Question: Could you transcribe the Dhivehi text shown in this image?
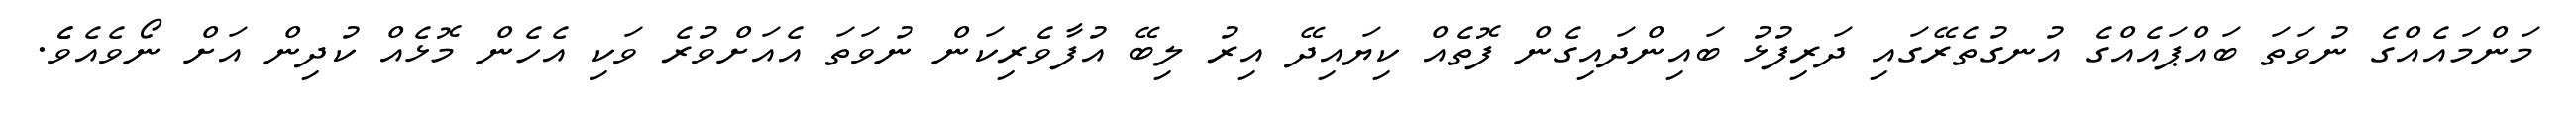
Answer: މަންމައެއްގެ ނުވަތަ ބައްޕައެއްގެ އުނގުތެރޭގައި ދަރިފުޅު ބައިންދައިގެން ފޮތެއް ކިޔައިދޭ އިރު ލިބޭ އުފާވެރިކަން ނުވަތަ އެއަށްވުރެ ވަކި އެހެން މޮޅެއް ކުދިން އަށް ނޯވެއެވެެ.